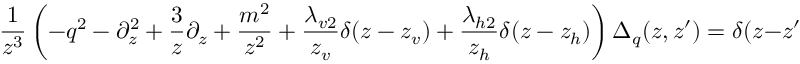
\frac { 1 } { z ^ { 3 } } \left( - q ^ { 2 } - \partial _ { z } ^ { 2 } + \frac { 3 } { z } \partial _ { z } + \frac { m ^ { 2 } } { z ^ { 2 } } + \frac { \lambda _ { v 2 } } { z _ { v } } \delta ( z - z _ { v } ) + \frac { \lambda _ { h 2 } } { z _ { h } } \delta ( z - z _ { h } ) \right) \Delta _ { q } ( z , z ^ { \prime } ) = \delta ( z - z ^ { \prime } ) .